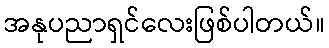
အနုပညာရှင်လေးဖြစ်ပါတယ်။